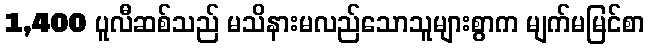
1,400 ပူလီဆစ်သည် မသိနားမလည်သောသူများစွာက မျက်မမြင်စာ